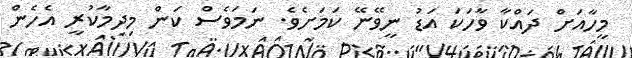
މީހާއަށް ދައްކާ ވާހަކަ އަޑު ނީވޭނޭ ކަމަށެވެ. ނަމަވެސް ކަން މިދިމާކުރީ އެހެން